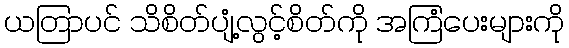
ယတြာပင် သိစိတ်ပျံ့လွင့်စိတ်ကို အကြံပေးများကို